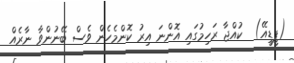
(ޕީޑީއޭ)  ކުއްޖާ ރަހިމުގައި އޮންނަ އިރު ކޮންމެހެން ވެސް ބޭނުންވާ ނާރެއް